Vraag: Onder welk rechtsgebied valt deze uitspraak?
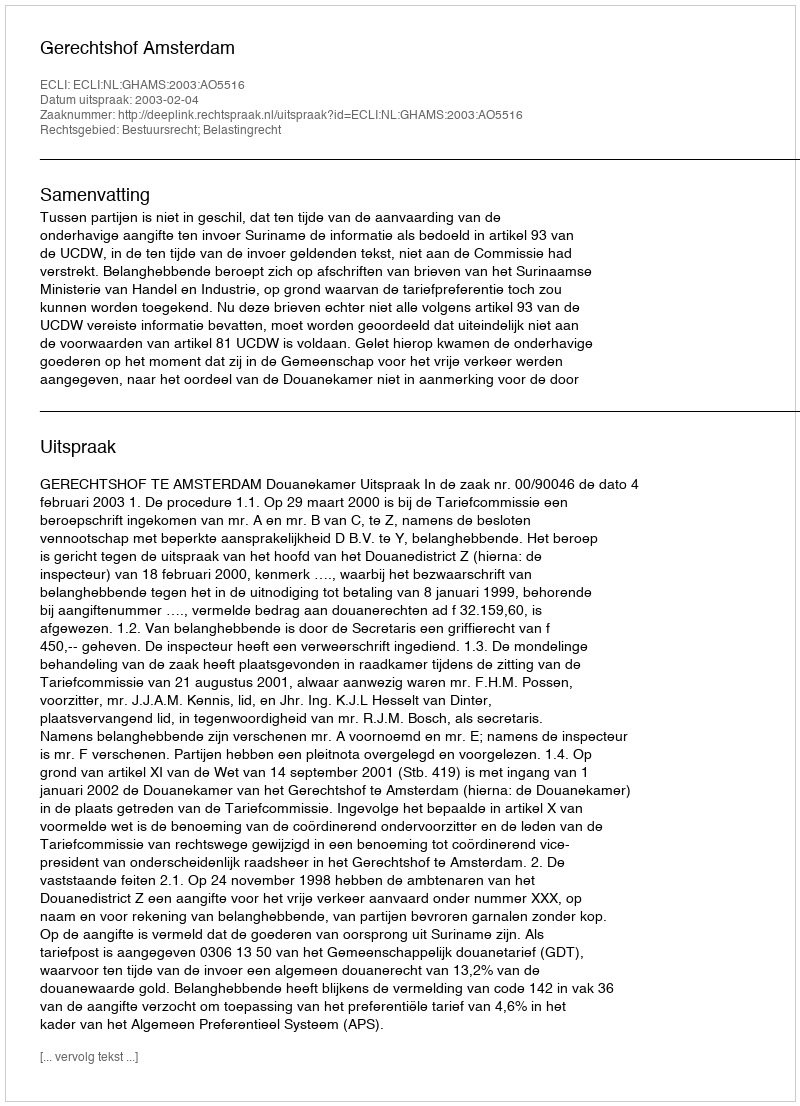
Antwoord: Bestuursrecht; Belastingrecht